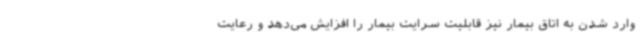
وارد شدن به اتاق بیمار نیز قابلیت سرایت بیمار را افزایش می‌دهد و رعایت